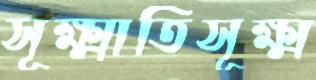
সূক্ষ্মাতিসূক্ষ্ম